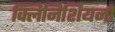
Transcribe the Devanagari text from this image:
क्लिनिशियनों